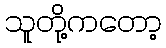
သူတို့ကတော့